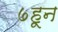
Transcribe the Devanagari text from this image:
७हून